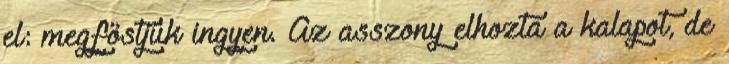
el: megföstjük ingyen. Az asszony elhozta a kalapot, de